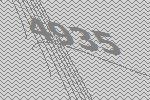
4935